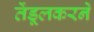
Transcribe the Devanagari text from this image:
तेंडूलकरने